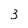
Character: 3